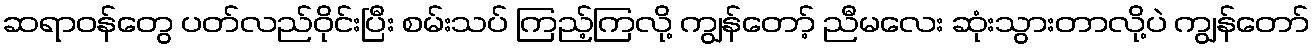
ဆရာဝန်တွေ ပတ်လည်ဝိုင်းပြီး စမ်းသပ် ကြည့်ကြလို့ ကျွန်တော့် ညီမလေး ဆုံးသွားတာလို့ပဲ ကျွန်တော်